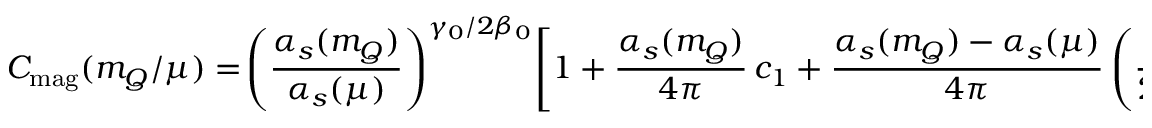
C _ { \mathrm { m a g } } ( m _ { Q } / \mu ) = \! \left( \frac { \alpha _ { s } ( m _ { Q } ) } { \alpha _ { s } ( \mu ) } \right) ^ { \gamma _ { 0 } / 2 \beta _ { 0 } } \! \left[ 1 + \frac { \alpha _ { s } ( m _ { Q } ) } { 4 \pi } \, c _ { 1 } + \frac { \alpha _ { s } ( m _ { Q } ) - \alpha _ { s } ( \mu ) } { 4 \pi } \left( \frac { \gamma _ { 1 } } { 2 \beta _ { 0 } } - \frac { \gamma _ { 0 } \beta _ { 1 } } { 2 \beta _ { 0 } ^ { 2 } } \right) \! + \dots \right] \,